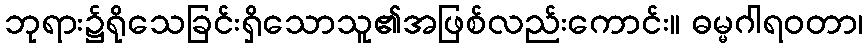
ဘုရား၌ရိုသေခြင်းရှိသောသူ၏အဖြစ်လည်းကောင်း။ ဓမ္မဂါရဝတာ၊